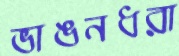
ভাঙনধরা